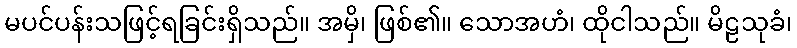
မပင်ပန်းသဖြင့်ရခြင်းရှိသည်။ အမှိ၊ ဖြစ်၏။ သောအဟံ၊ ထိုငါသည်။ မိဠသုခံ၊